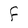
Character: f